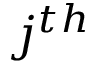
j ^ { t h }